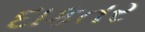
દાકતર